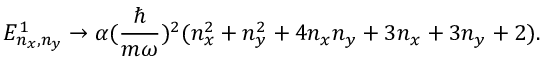
E _ { n _ { x } , n _ { y } } ^ { 1 } \rightarrow \alpha ( { \frac { \hbar } { m \omega } } ) ^ { 2 } ( n _ { x } ^ { 2 } + n _ { y } ^ { 2 } + 4 n _ { x } n _ { y } + 3 n _ { x } + 3 n _ { y } + 2 ) .